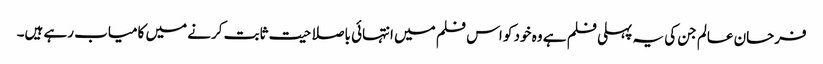
فرحان عالم جن کی یہ پہلی فلم ہے وہ خود کو اس فلم میں انتہائی باصلاحیت ثابت کرنے میں کامیاب رہے ہیں۔